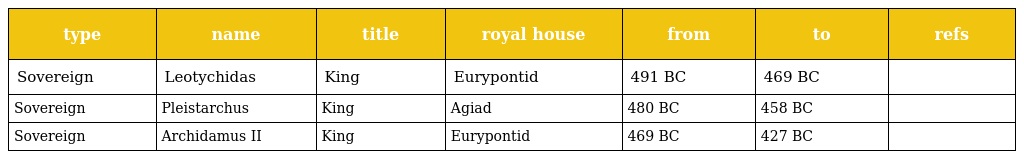
| type | name | title | royal house | from | to | refs |
 | --- | --- | --- | --- | --- | --- | --- |
 | Sovereign | Leotychidas | King | Eurypontid | 491 BC | 469 BC |  |
 | Sovereign | Pleistarchus | King | Agiad | 480 BC | 458 BC |  |
 | Sovereign | Archidamus II | King | Eurypontid | 469 BC | 427 BC |  |